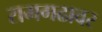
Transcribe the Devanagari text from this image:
रामगढावर